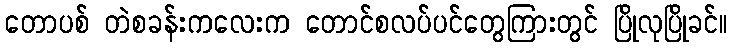
တောပစ် တဲစခန်းကလေးက တောင်စလပ်ပင်တွေကြားတွင် ပြိုလုပြိုခင်။